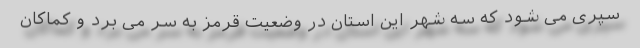
سپری می شود که سه شهر این استان در وضعیت قرمز به سر می برد و کماکان